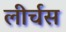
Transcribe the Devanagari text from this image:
लीर्चस